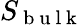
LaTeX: S_{\mathrm{~b~u~l~k~}}